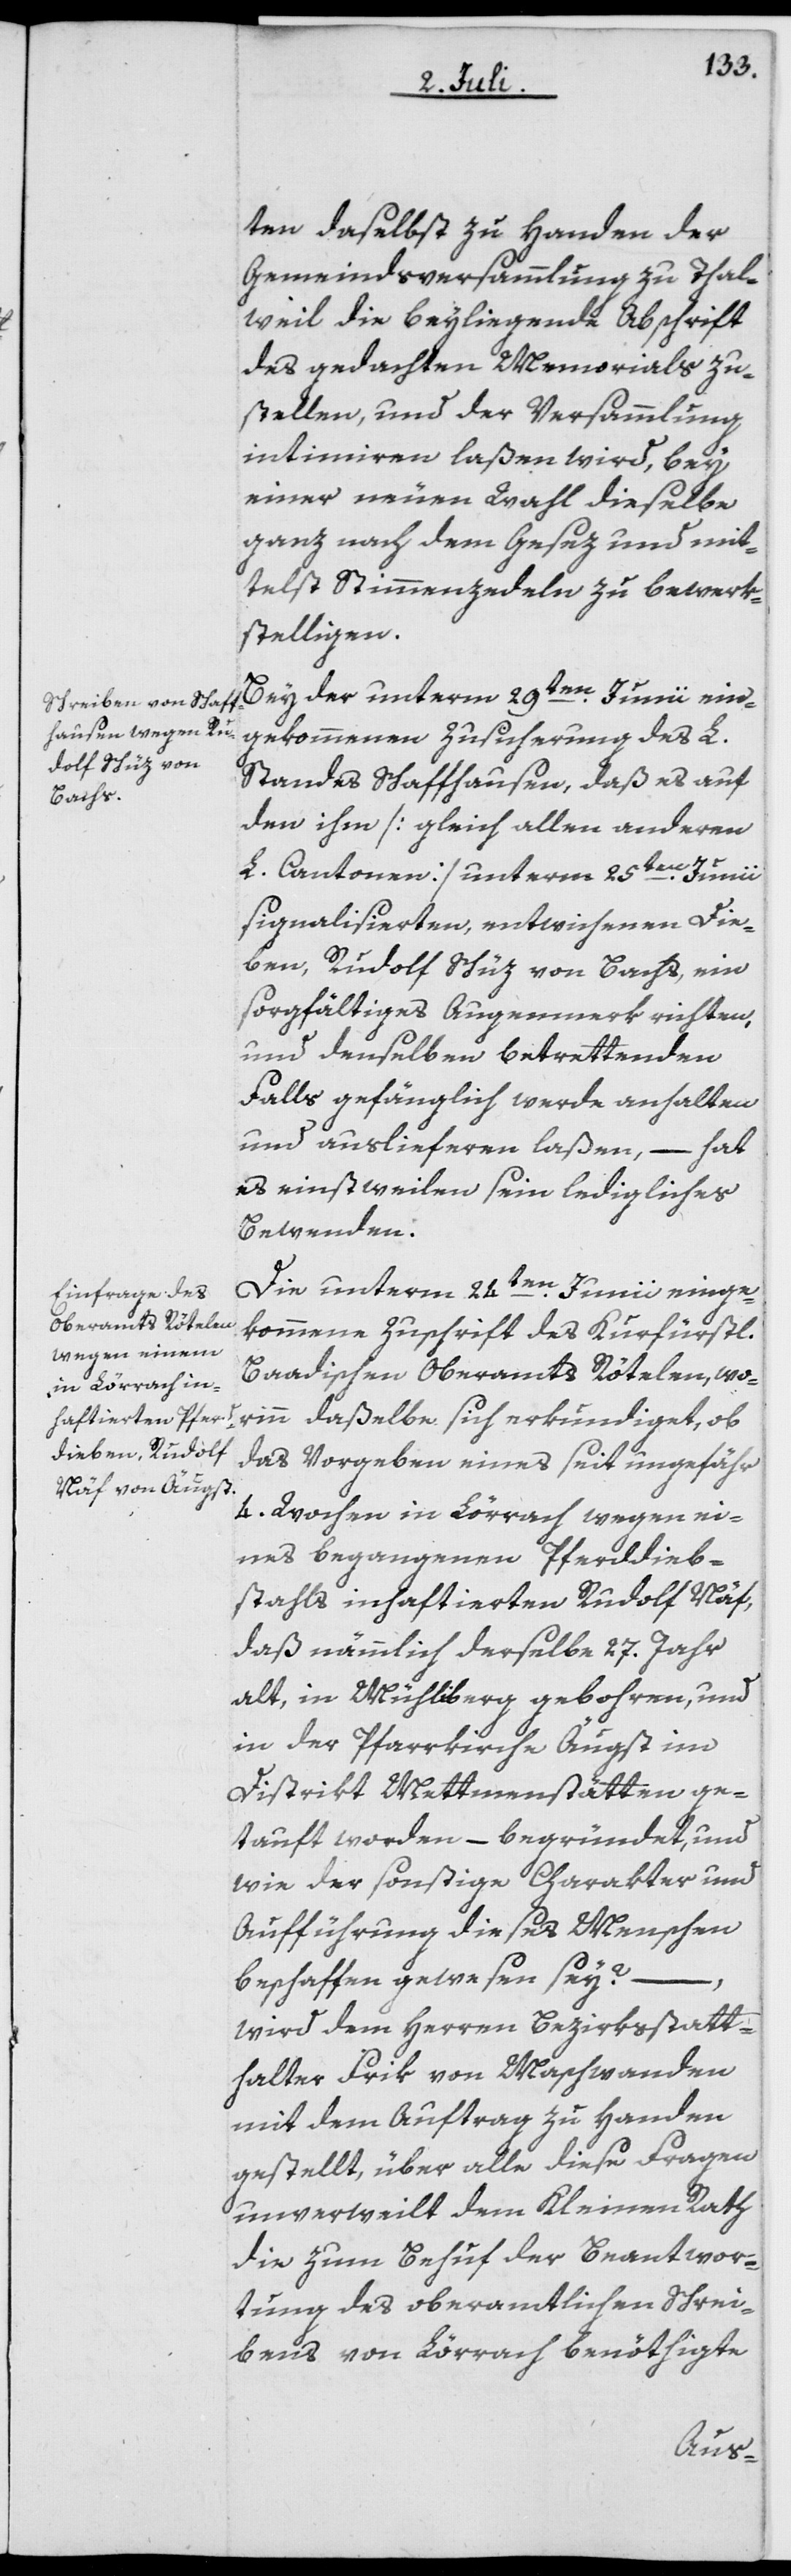
ten daselbst zu Handen der
Gemeindsversammlung zu Thal¬
weil die beyliegende Abschrift
des gedachten Memorials zu¬
stellen, und der Versammlung
intimiren laßen wird, bey
einer neuen Wahl dieselbe
ganz nach dem Gesez und mit¬
telst Stimmenzedeln zu bewerk¬
stelligen.
ekommenen Zusicherung des L.
Standes Schaffhausen, daß es auf
den ihm [gleich allen anderen
L. Cantonen] unterm 25ten Junii
signalisierten, entwichenen Die¬
ben, Rudolf Schüz von Bachs, ein
sorgfältiges Augenmerk richten,
und denselben betrettenden
Falls gefänglich werde anhalten
und auslieferen laßen, – hat
es einstweilen sein ledigliches
Bewenden.
Die unterm 24ten Junii einge¬
kommene Zuschrift des Kurfürstl.
Baadischen Oberamts Rötelen, wo¬
rinn daßelbe sich erkundiget, ob
das Vorgeben eines seit ungefähr
4. Wochen in Lörrach wegen ei¬
nes begangenen Pferddieb¬
stahls inhaftierten Rudolf Näf,
daß nämmlich derselbe 27. Jahr
alt, in Mühliberg gebohren, und
in der Pfarrkirche Äugst im
Distrikt Mettmenstätten ge¬
tauft worden, – begründet, und
wie der sonstige Charakter und
Aufführung dieses Menschen
beschaffen gewesen sei? –
wird dem Herren Bezirksstatt¬
halter Frik von Maschwanden
mit dem Auftrag zu Handen
gestellt, über alle diese Fragen
unverweilt dem Kleinen Rath
die zum Behuf der Beantwor¬
tung des oberamtlichen Schrei¬
bens von Lörrach benöthigte